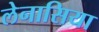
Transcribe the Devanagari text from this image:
लेनासिया